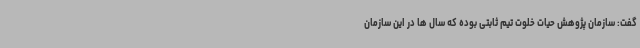
گفت: سازمان پژوهش حیات خلوت تیم ثابتی بوده که سال ها در این سازمان